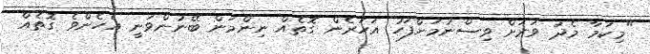
"މިކަމާ މެދު ވަރަށް ވިސްނުމަށްފަހު އަހަރެން ގޮތެއް ނިންމަން ބޭނުންވަނީ އެހެންވެ ގޮތެއް